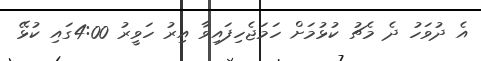
އެ ދުވަހު ދެ މެޗު ކުޅުމަށް ހަމަޖެހިފައިވާ އިރު ހަވީރު 4:00ގައި ކުޅޭ